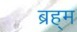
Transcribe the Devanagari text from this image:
ब्रह्‌म